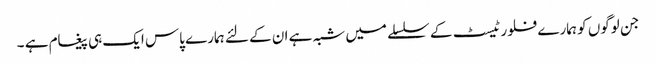
جن لوگوں کو ہمارے فلور ٹیسٹ کے سلسلے میں شبہ ہے ان کے لئے ہمارے پاس ایک ہی پیغام ہے ۔